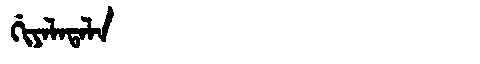
Manchu: ᡤᡳᠶᠠᠯᠠᡨᠠᠯᠠ
Romanization: GIYALATALA